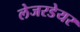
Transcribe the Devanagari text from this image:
लेजरडेयर